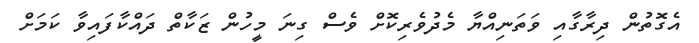
އެގޮތުން ދިރާގާއި ވަތަނިއްޔާ މެދުވެރިކޮށް ވެސް ގިނަ މީހުން ޒަކާތް ދައްކާފައިވާ ކަމަށް